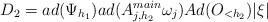
LaTeX: \begin{align*}D_2 = ad(\Psi_{h_1}) ad(A_{j,h_2}^{main} \omega_j) Ad(O_{<h_2}) |\xi|\end{align*}